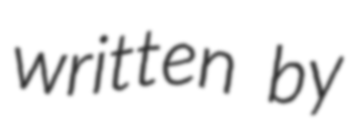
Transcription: written by